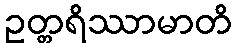
ဥတ္တရိဿာမာတိ